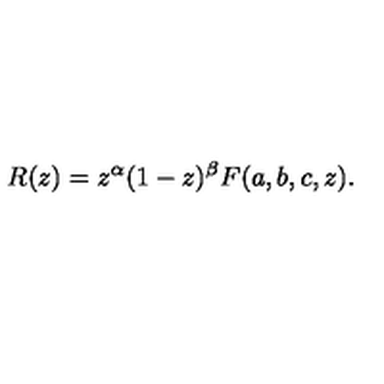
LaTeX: R ( z ) = z ^ { \alpha } ( 1 - z ) ^ { \beta } F ( a , b , c , z ) .